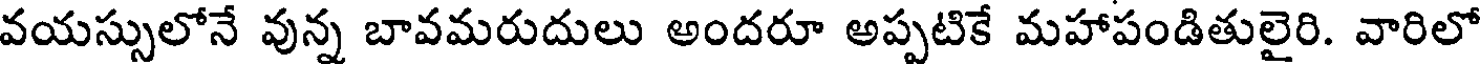
వయస్సులోనే వున్న బావమరుదులు అందరూ అప్పటికే మహాపండితులైరి. వారిలో